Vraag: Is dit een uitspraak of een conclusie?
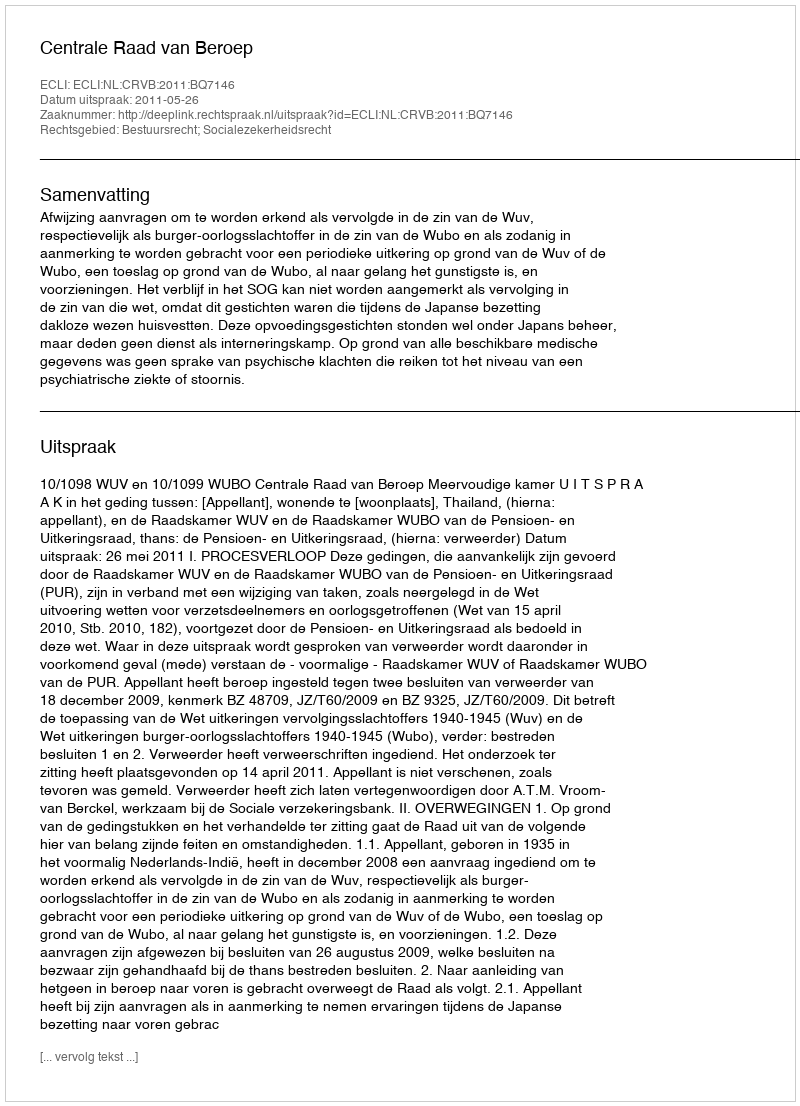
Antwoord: Uitspraak